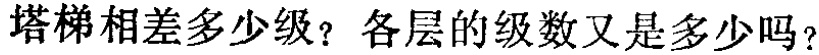
塔梯相差多少级？各层的级数又是多少吗？